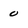
Character: 0